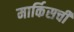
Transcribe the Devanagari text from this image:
मार्किसची